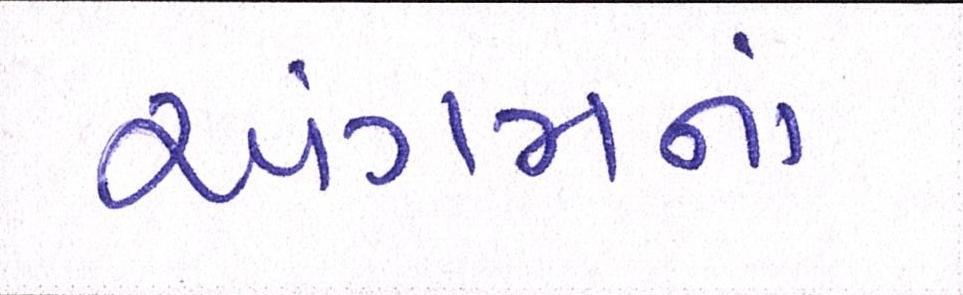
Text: અંગમનાં